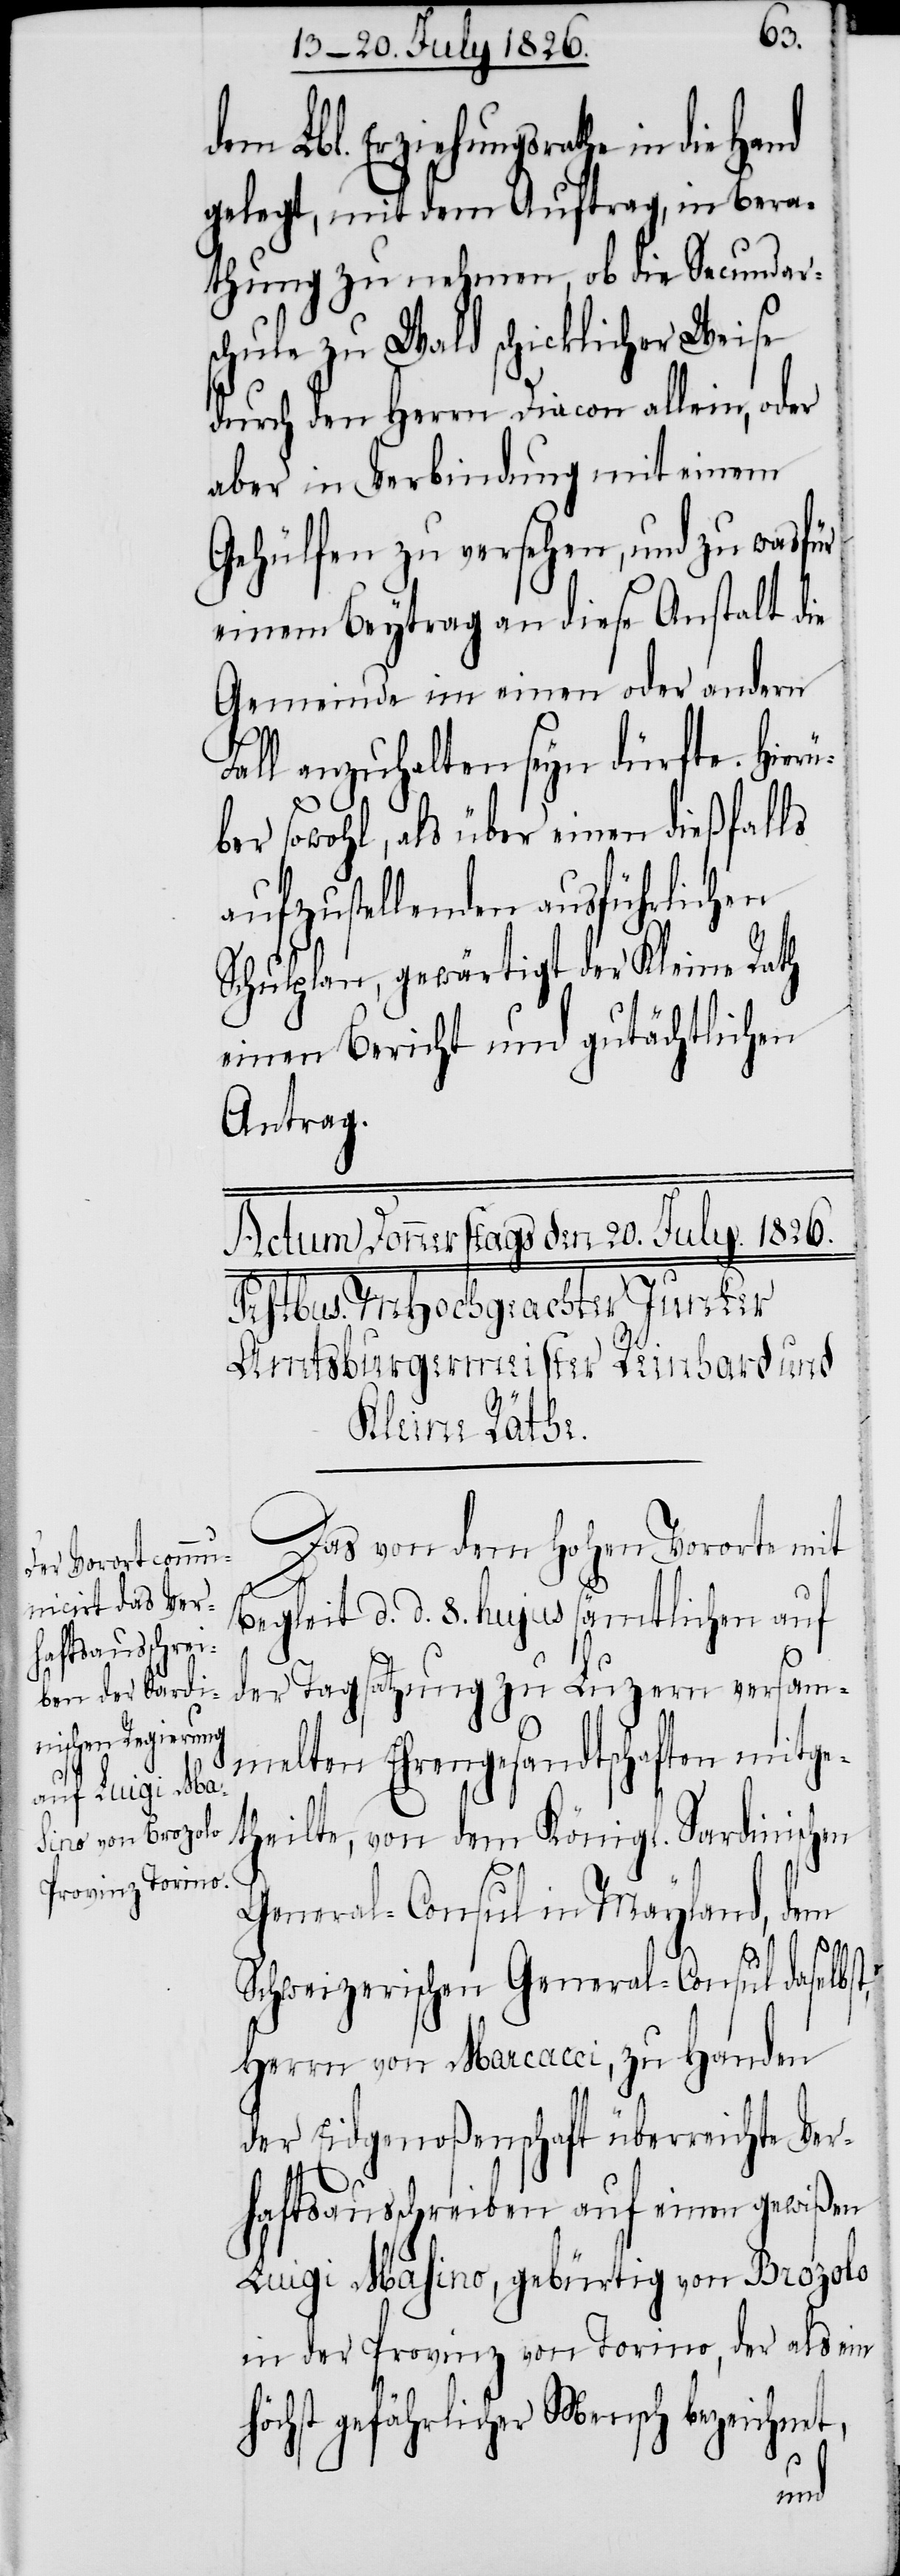
dem Lbl. Erziehungsrathe in die
gelegt, mit dem Auftrag, in Bera¬
thung zu nehmen, ob die Secundar¬
schule zu Wald schicklicher Weise
durch den Herrn Diacon allein, oder
aber in Verbindung mit einem
Gehülfen zu versehen, und zu was für
einem Beytrag an diese Anstalt die
Gemeinde im einen oder andern
Fall anzuhalten seyn dürfte. Hierü¬
ber sowohl, als über einen dießfalls
aufzustellenden ausführlichen
Schulplan, gewärtigt der Kleine Rath
einen Bericht und gutächtlichen
Antrag.
h¬
Das von dem hohen Vorort mit
Begleit d. d. 8. hujus sämtlichen auf
der Tagsatzung zu Luzern versam¬
melten Ehrengesandtschaften mitge¬
theilte, von dem Königl. Sardinischen
General-Consul in Mayland, dem
Schweizerischen General-Consul daselbst,
Herrn von Marcacci, zu Handen
der Eidgenoßenschaft überreichte Ver¬
haftsausschreiben auf einen gewißen
Luigi Masino, gebürtig von Brozolo
in der Provinz von Torino, der als ein
öchst gefährlicher Mensch bezeichnet,